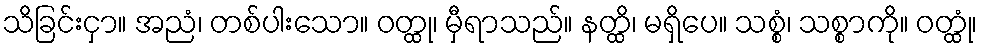
သိခြင်းငှာ။ အညံ၊ တစ်ပါးသော။ ဝတ္ထု၊ မှီရာသည်။ နတ္ထိ၊ မရှိပေ။ သစ္စံ၊ သစ္စာကို။ ဝတ္ထုံ၊